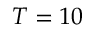
T = 1 0